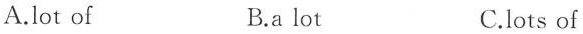
A.lot of B.a lot C.lots of